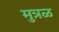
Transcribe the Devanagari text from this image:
मुत्रळ